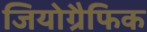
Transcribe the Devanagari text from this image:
जियोग्रैफिक